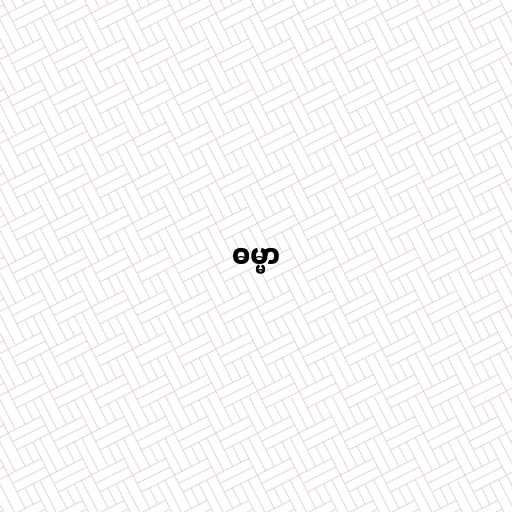
ဓမ္မာ